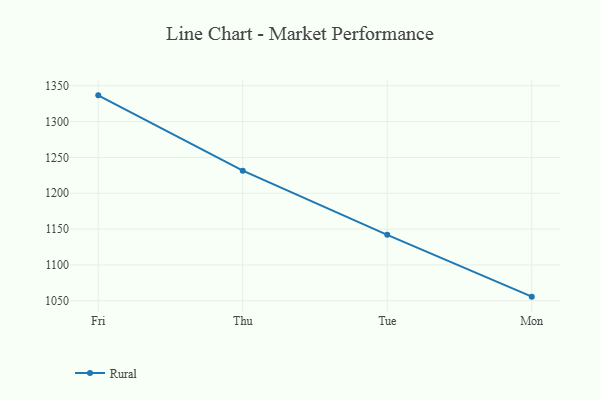
{"axis": {"x": "Day", "y": "Bounce Rate (%)"}, "legend": ["Rural"], "data": [{"x": "Fri", "y": 1336.7, "type": "Rural"}, {"x": "Thu", "y": 1231.5, "type": "Rural"}, {"x": "Tue", "y": 1142.0, "type": "Rural"}, {"x": "Mon", "y": 1055.7, "type": "Rural"}]}